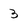
Character: 3